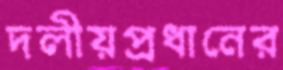
দলীয়প্রধানের